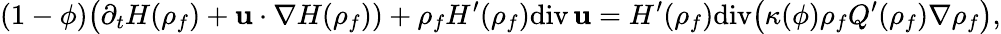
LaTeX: (1-\phi)\big(\partial_{t}{H}({\rho}_{f})+{\mathbf u}\cdot\nabla{H}({\rho}_{f}))+{\rho}_{f}{H}^{\prime}({\rho}_{f})\mathrm{div}\, {\mathbf u}={H}^{\prime}({\rho}_{f})\mathrm{div}\big(\kappa(\phi){\rho}_{f}{Q}^{\prime}({\rho}_{f})\nabla{\rho}_{f}\big),